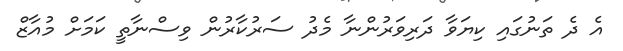
އެ ދެ ތަނުގައި ކިޔަވާ ދަރިވަރުންނާ މެދު ސަރުކާރުން ވިސްނާތީ ކަމަށް މުއާޒް